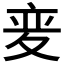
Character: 𫯌